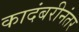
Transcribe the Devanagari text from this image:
कादंबरीनंतर